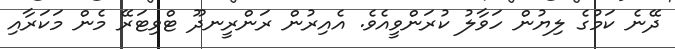
ދޭނެ ކަމުގެ ލިޔުން ހަވާލު ކުރަންވީއެވެ. އެއިރުން ރަންރީނދޫ ޓްވިޓަރޭ މެން މަކަރާއި